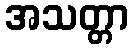
အသတ္တာ